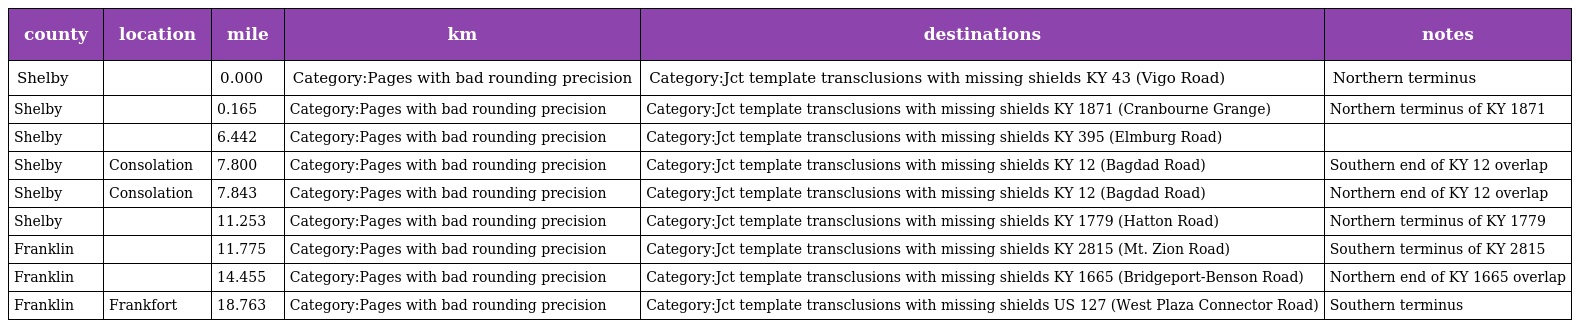
| county | location | mile | km | destinations | notes |
 | --- | --- | --- | --- | --- | --- |
 | Shelby |  | 0.000 | Category:Pages with bad rounding precision | Category:Jct template transclusions with missing shields KY 43 (Vigo Road) | Northern terminus |
 | Shelby |  | 0.165 | Category:Pages with bad rounding precision | Category:Jct template transclusions with missing shields KY 1871 (Cranbourne Grange) | Northern terminus of KY 1871 |
 | Shelby |  | 6.442 | Category:Pages with bad rounding precision | Category:Jct template transclusions with missing shields KY 395 (Elmburg Road) |  |
 | Shelby | Consolation | 7.800 | Category:Pages with bad rounding precision | Category:Jct template transclusions with missing shields KY 12 (Bagdad Road) | Southern end of KY 12 overlap |
 | Shelby | Consolation | 7.843 | Category:Pages with bad rounding precision | Category:Jct template transclusions with missing shields KY 12 (Bagdad Road) | Northern end of KY 12 overlap |
 | Shelby |  | 11.253 | Category:Pages with bad rounding precision | Category:Jct template transclusions with missing shields KY 1779 (Hatton Road) | Northern terminus of KY 1779 |
 | Franklin |  | 11.775 | Category:Pages with bad rounding precision | Category:Jct template transclusions with missing shields KY 2815 (Mt. Zion Road) | Southern terminus of KY 2815 |
 | Franklin |  | 14.455 | Category:Pages with bad rounding precision | Category:Jct template transclusions with missing shields KY 1665 (Bridgeport-Benson Road) | Northern end of KY 1665 overlap |
 | Franklin | Frankfort | 18.763 | Category:Pages with bad rounding precision | Category:Jct template transclusions with missing shields US 127 (West Plaza Connector Road) | Southern terminus |